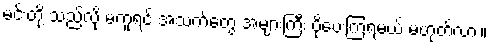
မင်းတို့ သည်လို မကူရင် အသက်တွေ အများကြီး ပိုပေးကြရမယ် မဟုတ်လား။